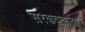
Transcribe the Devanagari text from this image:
सरकवताना